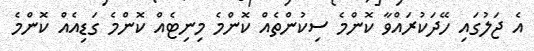
އެ ޖަލުގައި ހޭދަކުރައްވާ ކޮންމެ ސިކުންތެއް ކޮންމެ މިނިޓެއް ކޮންމެ ގަޑިއެއް ކޮންމެ